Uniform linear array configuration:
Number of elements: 16
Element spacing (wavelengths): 0.5
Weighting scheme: kaiser
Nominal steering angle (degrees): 45
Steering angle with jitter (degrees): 43.442
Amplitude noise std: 0.05
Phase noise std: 0.05

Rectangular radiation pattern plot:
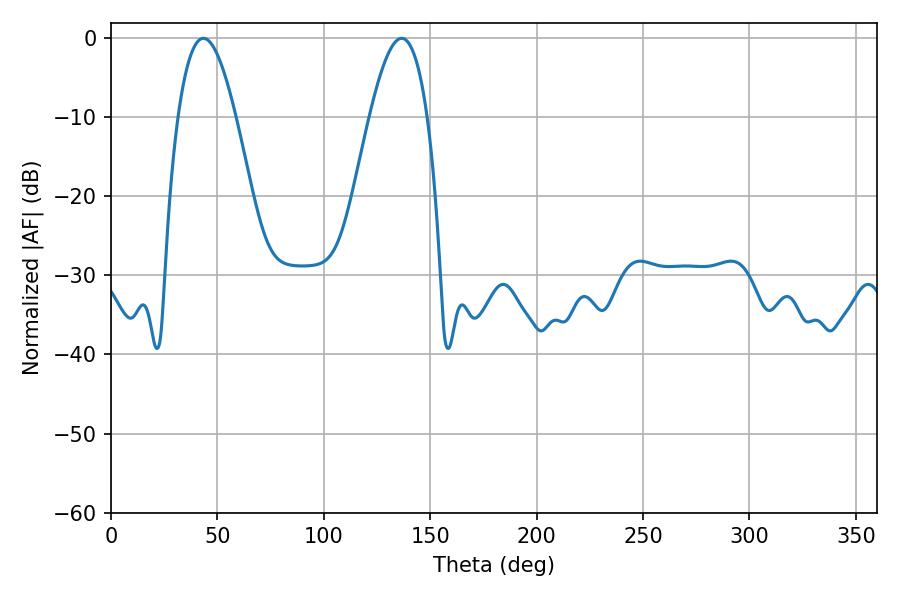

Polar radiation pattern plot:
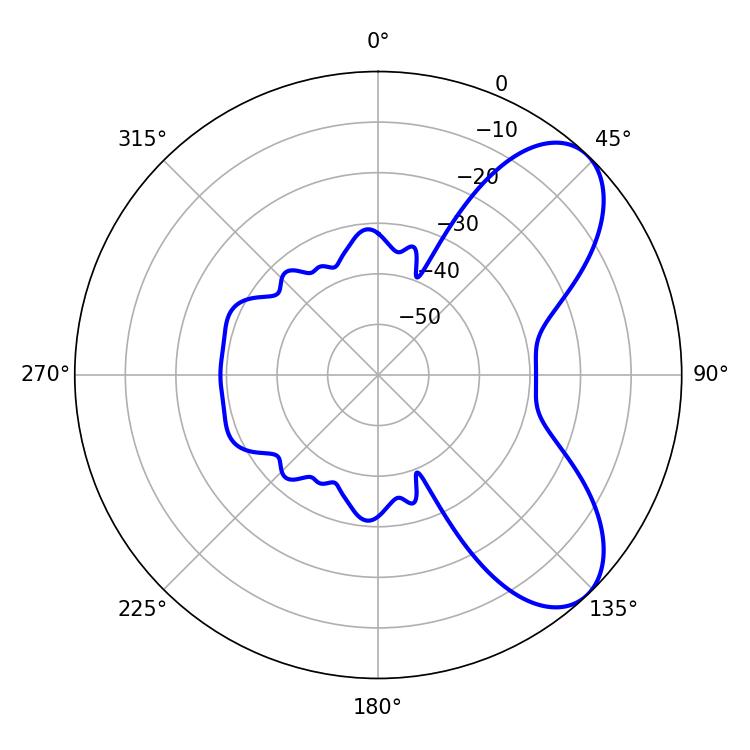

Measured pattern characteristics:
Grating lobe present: FALSE
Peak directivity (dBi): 7.119
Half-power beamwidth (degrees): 14.76
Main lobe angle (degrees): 43.38